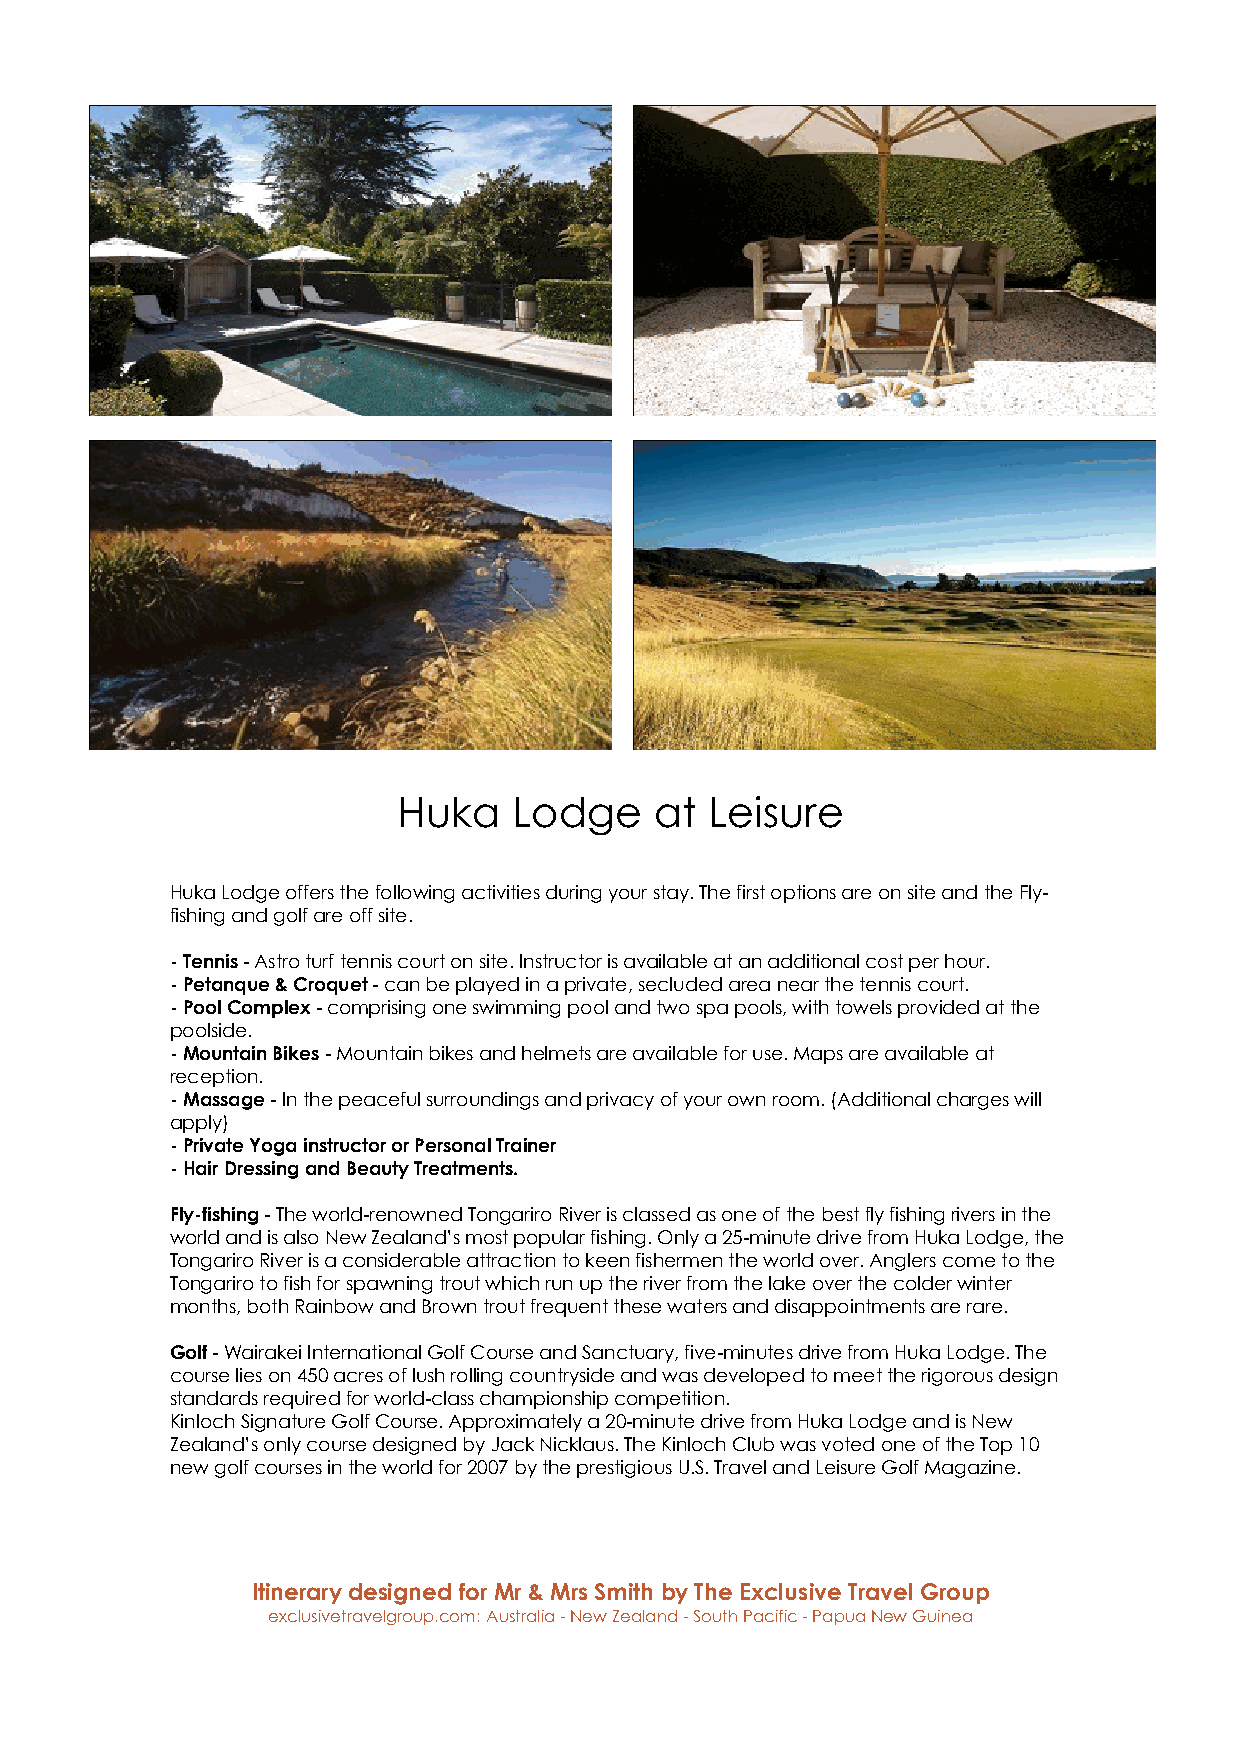
Huka    Lodge    at  Leisure
 Huka Lodge offers the following activities during your stay. The first options are on site and the Fly-
 fishing and golf are off site.
 - Tennis - Astro turf tennis court on site. Instructor is available at an additional cost per hour.
 - Petanque & Croquet - can be played in a private, secluded area near the tennis court.
 - Pool Complex - comprising one swimming pool and two spa pools, with towels provided at the
 poolside.
 - Mountain Bikes - Mountain bikes and helmets are available for use. Maps are available at
 reception.
 - Massage - In the peaceful surroundings and privacy of your own room. (Additional charges will
 apply)
 - Private Yoga instructor or Personal Trainer
 - Hair Dressing and Beauty Treatments.
 Fly-fishing - The world-renowned Tongariro River is classed as one of the best fly fishing rivers in the
 world and is also New Zealand’s most popular fishing. Only a 25-minute drive from Huka Lodge, the
 Tongariro River is a considerable attraction to keen fishermen the world over. Anglers come to the
 Tongariro to fish for spawning trout which run up the river from the lake over the colder winter
 months, both Rainbow and Brown trout frequent these waters and disappointments are rare.
 Golf - Wairakei International Golf Course and Sanctuary, five-minutes drive from Huka Lodge. The
 course lies on 450 acres of lush rolling countryside and was developed to meet the rigorous design
 standards required for world-class championship competition.
 Kinloch Signature Golf Course. Approximately a 20-minute drive from Huka Lodge and is New
 Zealand’s only course designed by Jack Nicklaus. The Kinloch Club was voted one of the Top 10
 new golf courses in the world for 2007 by the prestigious U.S. Travel and Leisure Golf Magazine.
 Itinerary designed for Mr & Mrs Smith by The Exclusive Travel Group
 exclusivetravelgroup.com: Australia - New Zealand - South Pacific - Papua New Guinea